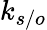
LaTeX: k_{s/o}